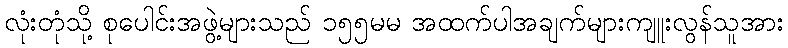
လုံးတုံသို့ စုပေါင်းအဖွဲ့များသည် ၁၅၅မမ အထက်ပါအချက်များကျူးလွန်သူအား